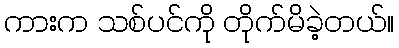
ကားက သစ်ပင်ကို တိုက်မိခဲ့တယ်။